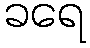
ခရေ